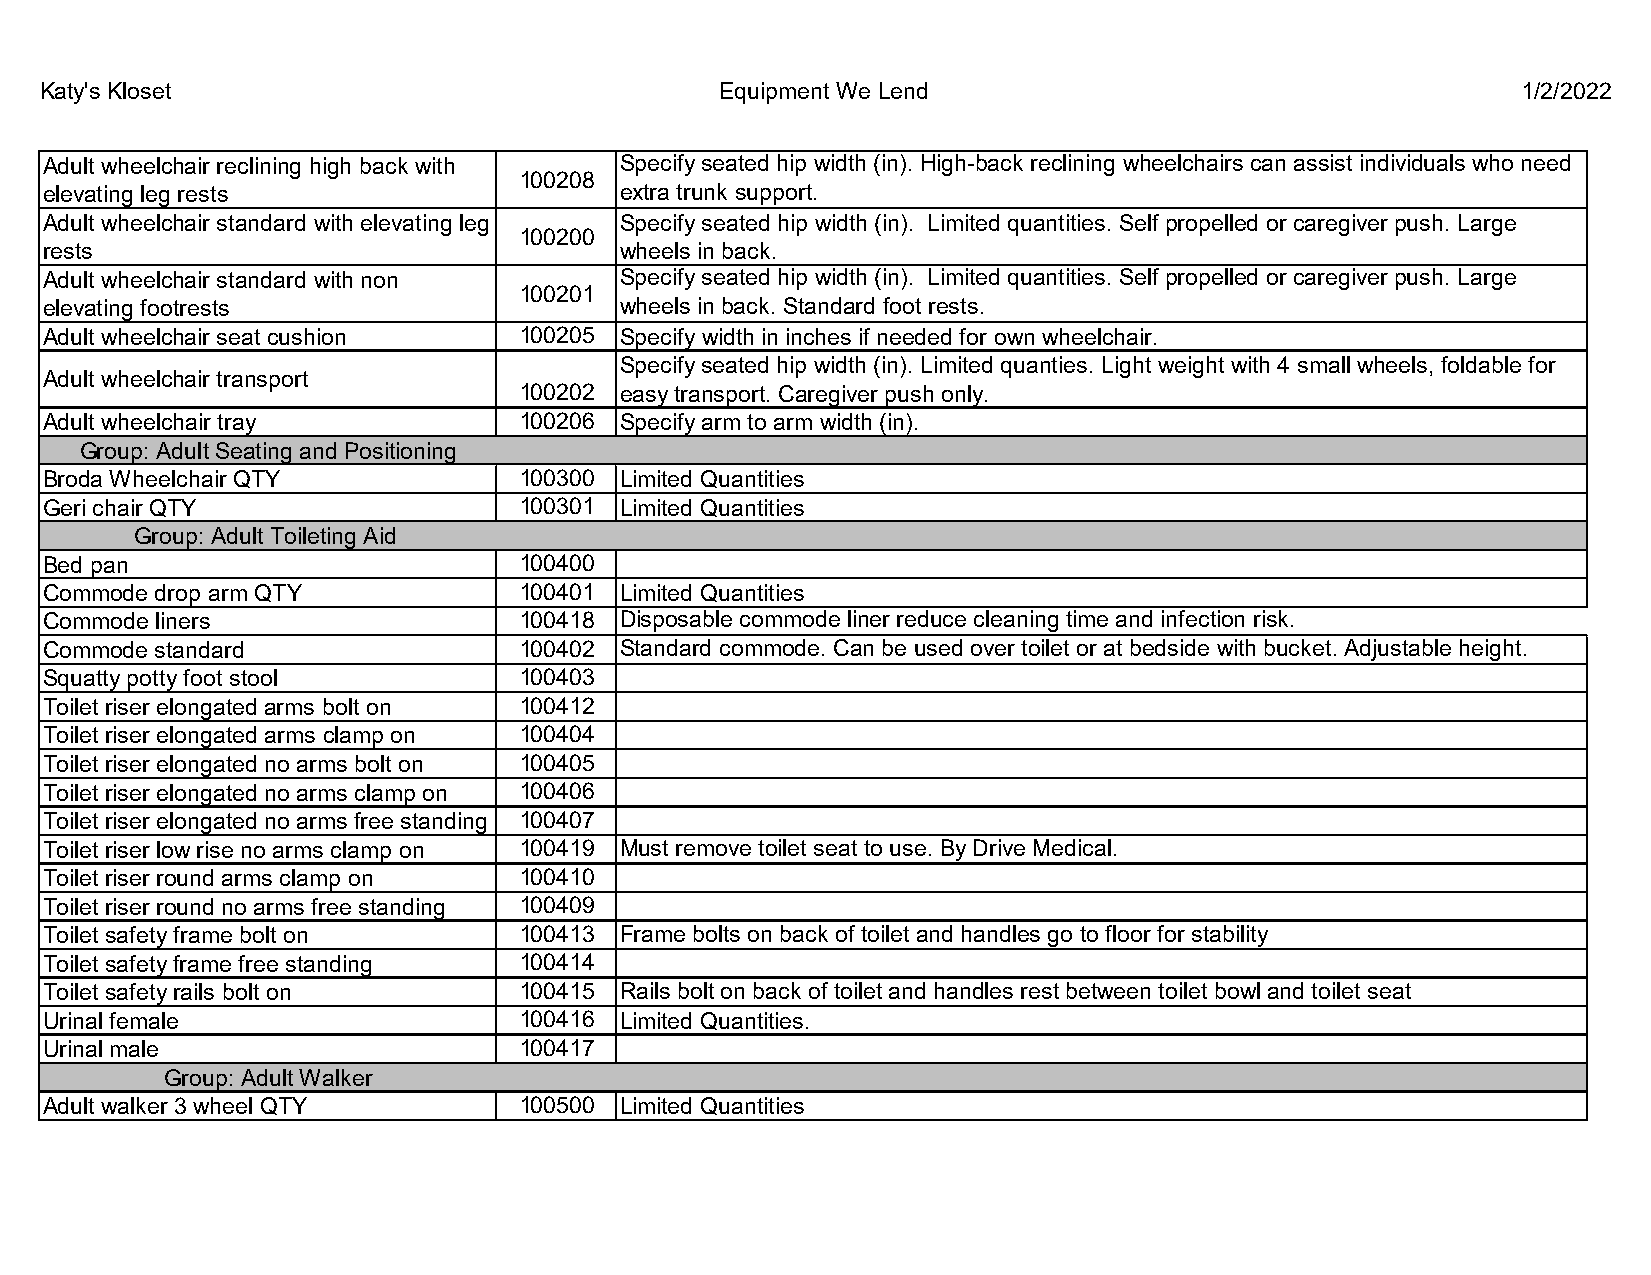
Katy's Kloset                                Equipment We Lend                                    1/2/2022
 Adult wheelchair reclining high back with Specify seated hip width (in). High-back reclining wheelchairs can assist individuals who need
 100208
 elevating leg rests                   extra trunk support.
 Adult wheelchair standard with elevating leg Specify seated hip width (in). Limited quantities. Self propelled or caregiver push. Large
 100200
 rests                                 wheels in back.
 Adult wheelchair standard with non    Specify seated hip width (in). Limited quantities. Self propelled or caregiver push. Large
 100201
 elevating footrests                   wheels in back. Standard foot rests.
 Adult wheelchair seat cushion  100205 Specify width in inches if needed for own wheelchair.
 Specify seated hip width (in). Limited quanties. Light weight with 4 small wheels, foldable for
 Adult wheelchair transport
 100202 easy transport. Caregiver push only.
 Adult wheelchair tray          100206 Specify arm to arm width (in).
 Group: Adult Seating and Positioning
 Broda Wheelchair QTY           100300 Limited Quantities
 Geri chair QTY                 100301 Limited Quantities
 Group: Adult Toileting Aid
 Bed pan                        100400
 Commode drop arm QTY           100401 Limited Quantities
 Commode liners                 100418 Disposable commode liner reduce cleaning time and infection risk.
 Commode standard               100402 Standard commode. Can be used over toilet or at bedside with bucket. Adjustable height.
 Squatty potty foot stool       100403
 Toilet riser elongated arms bolt on 100412
 Toilet riser elongated arms clamp on 100404
 Toilet riser elongated no arms bolt on 100405
 Toilet riser elongated no arms clamp on 100406
 Toilet riser elongated no arms free standing 100407
 Toilet riser low rise no arms clamp on 100419 Must remove toilet seat to use. By Drive Medical.
 Toilet riser round arms clamp on 100410
 Toilet riser round no arms free standing 100409
 Toilet safety frame bolt on    100413 Frame bolts on back of toilet and handles go to floor for stability
 Toilet safety frame free standing 100414
 Toilet safety rails bolt on    100415 Rails bolt on back of toilet and handles rest between toilet bowl and toilet seat
 Urinal female                  100416 Limited Quantities.
 Urinal male                    100417
 Group: Adult Walker
 Adult walker 3 wheel QTY       100500 Limited Quantities